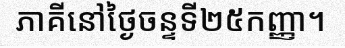
ភាគីនៅថ្ងៃចន្ទទី២៥កញ្ញា។